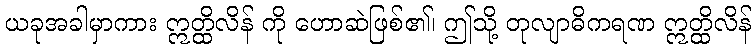
ယခုအခါမှာကား ဣတ္ထိလိန် ကို ဟောဆဲဖြစ်၏၊ ဤသို့ တုလျာဓိကရဏ ဣတ္ထိလိန်